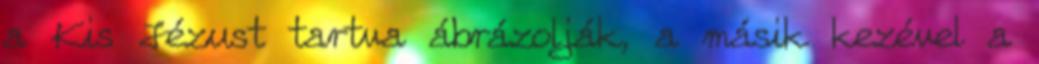
a Kis Jézust tartva ábrázolják, a másik kezével a